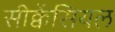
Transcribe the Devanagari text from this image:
सीक्वेंसियल